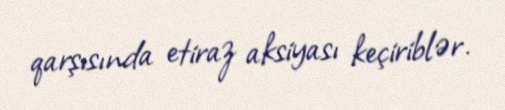
qarşısında etiraz aksiyası keçiriblər.